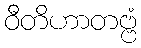
ဝီတိဟာတဗ္ဗံ